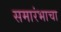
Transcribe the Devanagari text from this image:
समारंभाचा